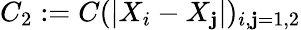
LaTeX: C_{2}:=C(|X_{i}-X_{\mathbf{j}}|)_{i,\mathbf{j}=1,2}